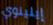
إيلينوي